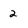
Character: 2